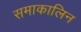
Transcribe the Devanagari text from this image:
समाकालिन